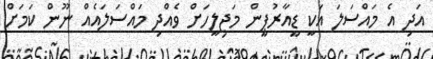
އަދި އެ މައްސަލަ އަކީ ޑީއާރުޕީން މަޖިލީހަށް ވެއްދި މައްސަލައެއް ނޫން ކަމަށް